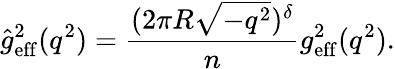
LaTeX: \hat{g}_{\mathrm{eff}}^{2}(q^{2})=\frac{(2\pi R\sqrt{-q^{2}})^{\delta}}{n}g_{\mathrm{eff}}^{2}(q^{2}).